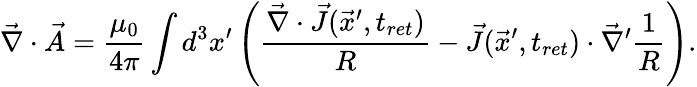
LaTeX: \vec{\nabla}\cdot\vec{A}=\frac{\mu_{0}}{4\pi}\int d^{3}x^{\prime}\left(\frac{\vec{\nabla}\cdot\vec{J}(\vec{x}^{\prime},t_{ret})}{R}-\vec{J}(\vec{x}^{\prime},t_{ret})\cdot\vec{\nabla}^{\prime}\frac{1}{R}\right).